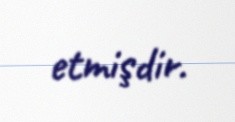
etmişdir.